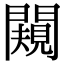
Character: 闚